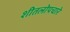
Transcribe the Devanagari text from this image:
शीतलोपचारे